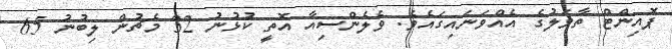
ޕޮއިންޓް ތާވަލުގެ އެއްވަނައިގައެވެ. ވެލެންސިއާ އޮތީ ކުޅުނު 32 މެޗުން ލިބުނު 65